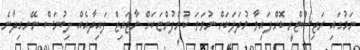
ނަމުގައި ރަޖިސްޓްރީ ކޮށްފައިވާ މުދަލަކަށް ނުވަތަ ކުންފުންޏަކަށް ނާޖައިޒް ފައިދާއެއް ލިބުނަސް ނޭނގިދާނެ